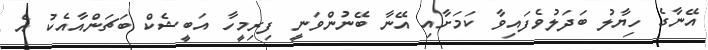
އޭނާގެ ހިޔާލު ބަދަލުވެފައިވާ ކަމަށާއި އޭނާ ބޭނުންވަނީ ފިރިމީހާ އަބީޝެކް ބަޗަންއާއެކު އެ